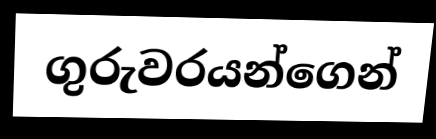
ගුරුවරයන්ගෙන්